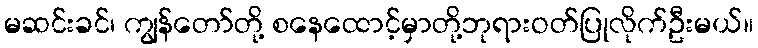
မဆင်းခင်၊ ကျွန်တော်တို့ စနေထောင့်မှာတို့ဘုရားဝတ်ပြုလိုက်ဦးမယ်။